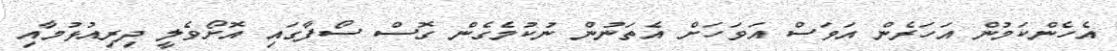
އެހެންކަމުން އަހަރެން އަވަސް އަވަހަށް އެތަނުން ނުކުމެގެން ގޮސް ސޯފާގައި އޮށޯވެލީ ދިރިއުޅުމާއި